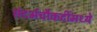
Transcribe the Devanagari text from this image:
संदर्भचौकटींमध्ये